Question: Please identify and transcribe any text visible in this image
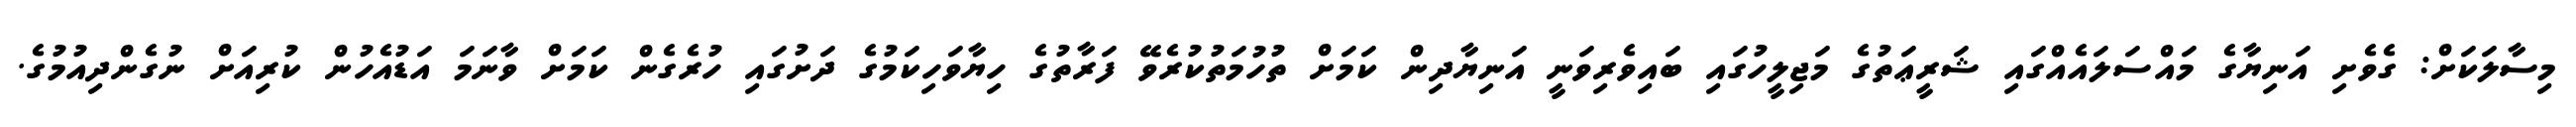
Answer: މިސާލަކަށް: ގެވެށި އަނިޔާގެ މައްސަލައެއްގައި ޝަރީޢަތުގެ މަޖިލީހުގައި ބައިވެރިވަނީ އަނިޔާދިން ކަމަށް ތުހުމަތުކުރެވޭ ފަރާތުގެ ހިޔާވަހިކަމުގެ ދަށުގައި ހުރެގެން ކަމަށް ވާނަމަ އަޑުއެހުން ކުރިއަށް ނުގެންދިއުމުގެ.